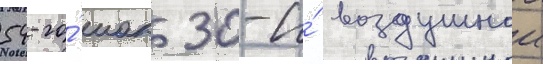
54-го́ иак 30-и́ воздушнои